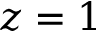
z = 1